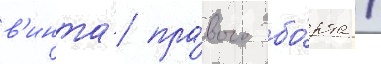
в'инта́ пра́вого бо́рта /